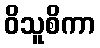
ဝိသူစိကာ